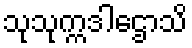
သုသုက္ကဒါဌောသိ